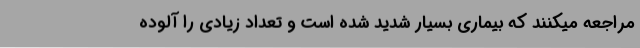
مراجعه میکنند که بیماری بسیار شدید شده است و تعداد زیادی را آلوده